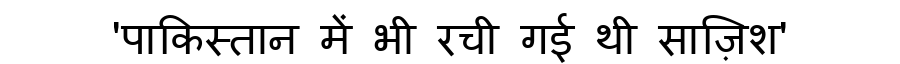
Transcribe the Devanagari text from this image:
'पाकिस्तान में भी रची गई थी साज़िश'